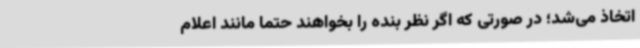
اتخاذ می‌شد؛ در صورتی که اگر نظر بنده را بخواهند حتما مانند اعلام